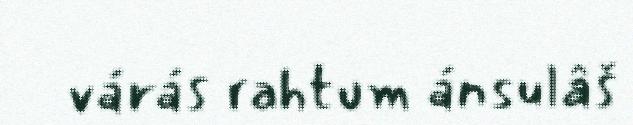
várás rahtum ánsulâš